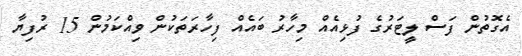
އެގޮތުން ފަސް ލީޓަރުގެ ފުޅިއެއް މިހާރު ބައެއް ފިހާރަތަކުން ވިއްކަމުން 15 ރުފިޔާ